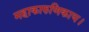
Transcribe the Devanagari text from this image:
महाकारुणिकाय।